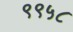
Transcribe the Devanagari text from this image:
९९५८